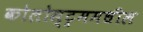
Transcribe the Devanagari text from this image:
कोलोस्ट्रममधील